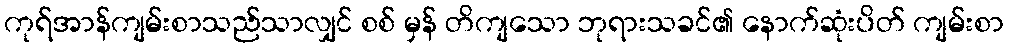
ကုရ်အာန်ကျမ်းစာသည်သာလျှင် စစ် မှန် တိကျသော ဘုရားသခင်၏ နောက်ဆုံးပိတ် ကျမ်းစာ